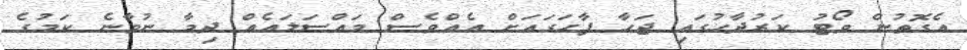
އެގޮތުން ވޯޓު ކަރުދާހުގައި ޖަހާ ފާހަގައަށް އެއްވެސް މައްސަލައެއް ދިމާ ނުވާނެ ކަމުގެ